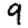
Digit: 9